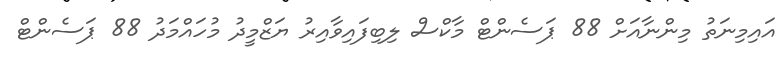
އައިމިނަތު މިންނާއަށް 88 ޕަސެންޓް މާކްސް ލިބިފައިވާއިރު ޔަޒްމީދު މުހައްމަދު 88 ޕަސެންޓް